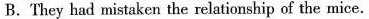
B.They had mistaken the relationship of the mice.